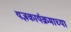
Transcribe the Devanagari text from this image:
यज्ञकार्यक्रमाच्या